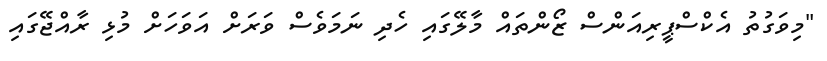
"މިވަގުތު އެކްސްޕީރިއަންސް ޒޯންތައް މާލޭގައި ހެދި ނަމަވެސް ވަރަށް އަވަހަށް މުޅި ރާއްޖޭގައި